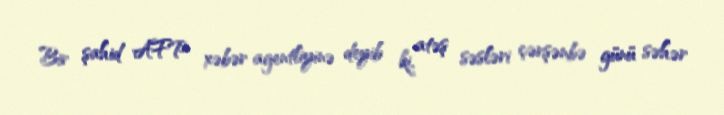
Bir şahid AFP xəbər agentliyinə deyib ki, atəş səsləri çərşənbə günü səhər